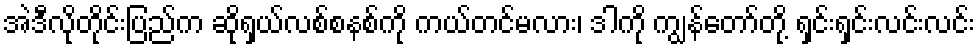
အဲဒီလိုတိုင်းပြည်က ဆိုရှယ်လစ်စနစ်ကို ကယ်တင်မလား၊ ဒါကို ကျွန်တော်တို့ ရှင်းရှင်းလင်းလင်း